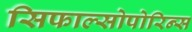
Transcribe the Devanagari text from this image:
सिफाल्सोपोरिन्स